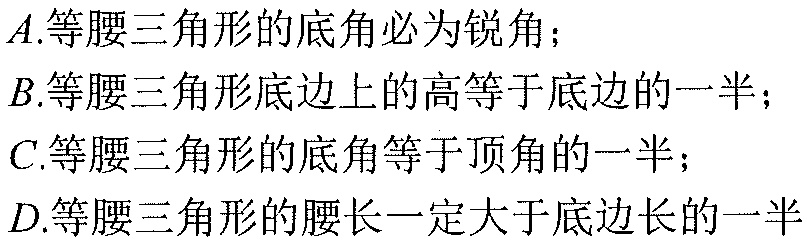
\(A.\)等腰三角形的底角必为锐角；
\(B.\)等腰三角形底边上的高等于底边的一半；
\(C.\)等腰三角形的底角等于顶角的一半；
\(D.\)等腰三角形的腰长一定大于底边长的一半